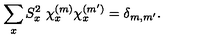
\sum _ { x } S _ { x } ^ { 2 } \ \chi _ { x } ^ { ( m ) } \chi _ { x } ^ { ( m ^ { \prime } ) } = \delta _ { m , m ^ { \prime } } .